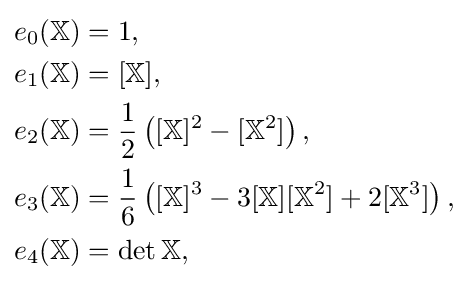
{\begin{aligned}e_{0}(\mathbb {X} )&=1,\\e_{1}(\mathbb {X} )&=[\mathbb {X} ],\\e_{2}(\mathbb {X} )&={\frac {1}{2}}\left([\mathbb {X} ]^{2}-[\mathbb {X} ^{2}]\right),\\e_{3}(\mathbb {X} )&={\frac {1}{6}}\left([\mathbb {X} ]^{3}-3[\mathbb {X} ][\mathbb {X} ^{2}]+2[\mathbb {X} ^{3}]\right),\\e_{4}(\mathbb {X} )&=\operatorname {det} \mathbb {X} ,\end{aligned}}